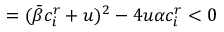
= ( \bar { \beta } c _ { i } ^ { r } + u ) ^ { 2 } - 4 u \alpha c _ { i } ^ { r } < 0